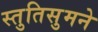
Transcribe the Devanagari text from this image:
स्तुतिसुमने